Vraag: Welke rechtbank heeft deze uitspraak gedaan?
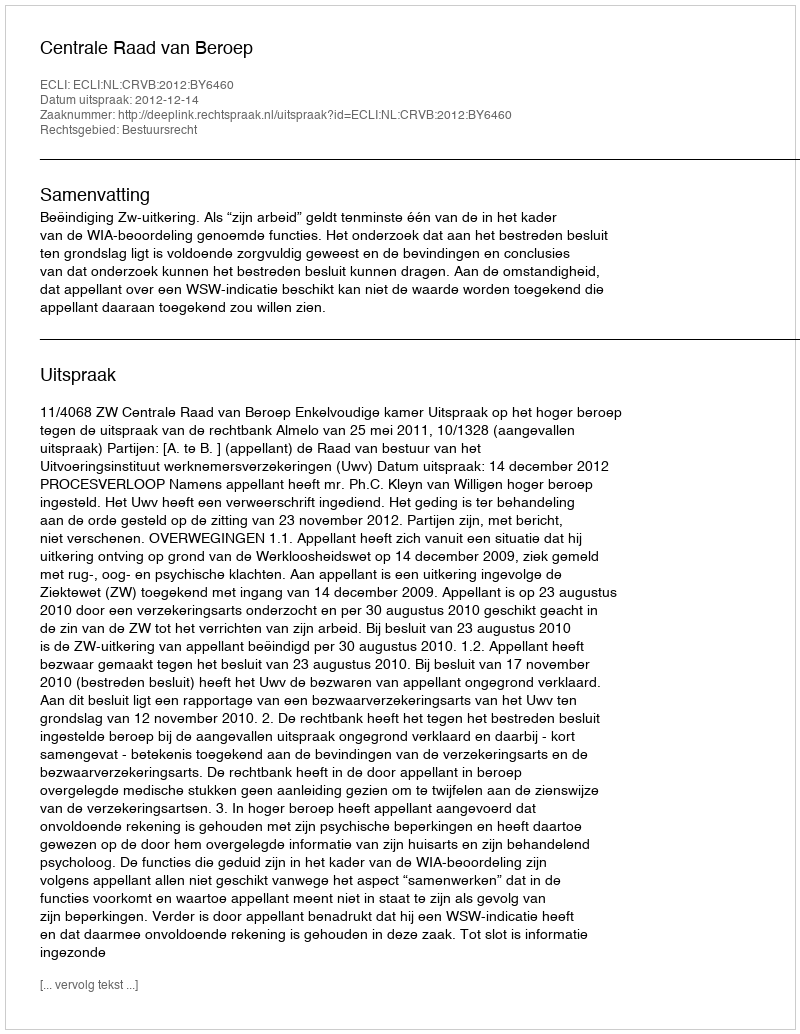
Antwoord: Centrale Raad van Beroep